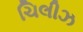
ચિલીઝ